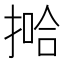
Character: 𫽞